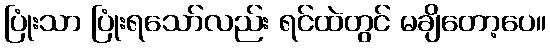
ပြုံးသာ ပြုံးရသော်လည်း ရင်ထဲတွင် မချိတော့ပေ။